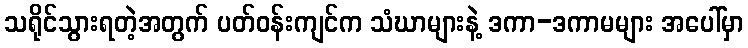
သရိုင်သွားရတဲ့အတွက် ပတ်ဝန်းကျင်က သံဃာများနဲ့ ဒကာ-ဒကာမများ အပေါ်မှာ